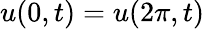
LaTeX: u(0,t)=u(2\pi,t)